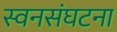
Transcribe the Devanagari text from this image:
स्वनसंघटना